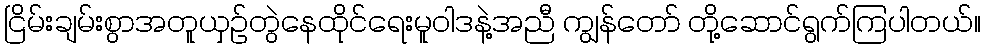
ငြိမ်းချမ်းစွာအတူယှဉ်တွဲနေထိုင်ရေးမူဝါဒနဲ့အညီ ကျွန်တော် တို့ဆောင်ရွက်ကြပါတယ်။